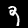
Label: 9